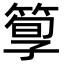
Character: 箰